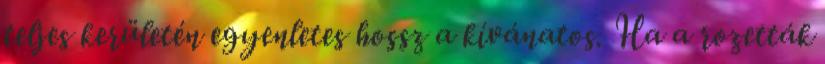
teljes kerületén egyenletes hossz a kívánatos. Ha a rozetták